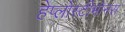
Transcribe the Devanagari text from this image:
हेप्लोस्टीमोनस